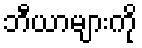
ဘီယာများကို